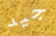
جيد